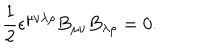
\frac { 1 } { 2 } \epsilon ^ { \mu \nu \lambda \rho } B _ { \mu \nu } B _ { \lambda \rho } = 0 .